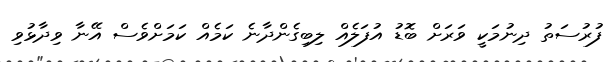
ފުރުސަތު ދިނުމަކީ ވަރަށް ބޮޑު އުފަލެއް ލިބިގެންދާނެ ކަމެއް ކަމަށްވެސް އޭނާ ވިދާޅުވި